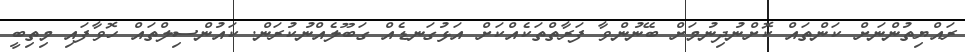
ރައްޔިތުންނަށް ކަންތައް ކޮށްނުދިނުމަށް ބޭނުންވާ ފަރާތްތަކެއްކަަށް އަޅުގަނޑެއް ގަބޫލެއްނުކުރަން. ކައުންސިލްތައް ހޮވާފައި މިތިބީ